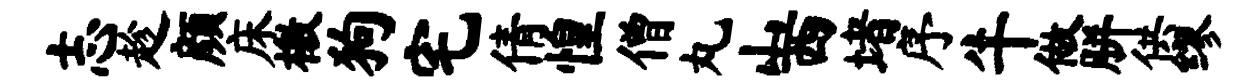
志趁颜床檄狗宅倩惶僧丸山西堵序牛做胼供缪